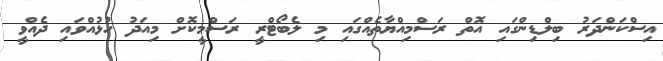
އިސްކަންދަރު ބިލްޑިންގައި އޮތް ރަސްމިއްޔާތެއްގައި މި ލެބޯޓްރީ ރަސްމީކޮށް މިއަދު ހުޅުއްވައި ދެއްވީ